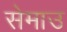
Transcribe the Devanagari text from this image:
सेमाउ